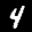
Label: 4